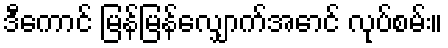
ဒီကောင် မြန်မြန်လျှောက်အောင် လုပ်စမ်း။